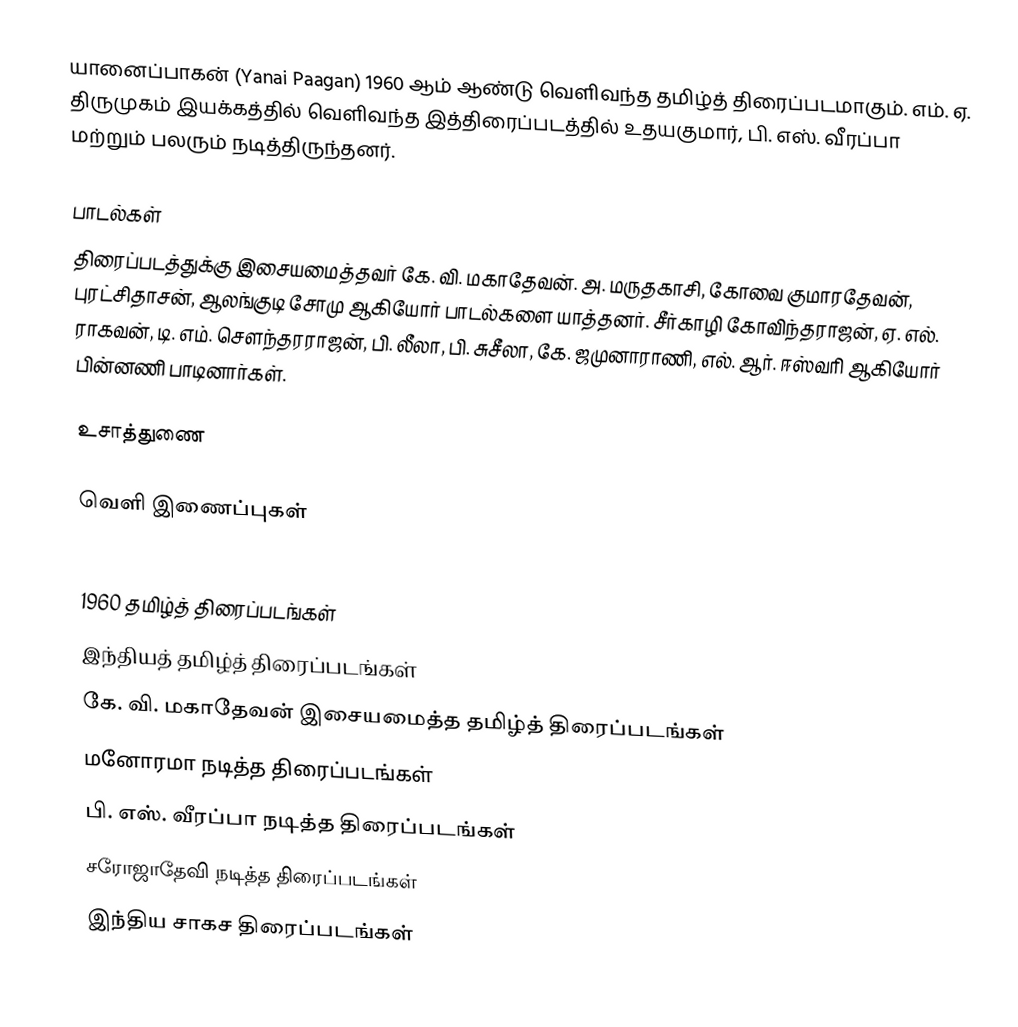
யானைப்பாகன் (Yanai Paagan) 1960 ஆம் ஆண்டு வெளிவந்த தமிழ்த் திரைப்படமாகும். எம். ஏ. திருமுகம் இயக்கத்தில் வெளிவந்த இத்திரைப்படத்தில் உதயகுமார், பி. எஸ். வீரப்பா மற்றும் பலரும் நடித்திருந்தனர்.

பாடல்கள்
திரைப்படத்துக்கு இசையமைத்தவர் கே. வி. மகாதேவன். அ. மருதகாசி, கோவை குமாரதேவன், புரட்சிதாசன், ஆலங்குடி சோமு ஆகியோர் பாடல்களை யாத்தனர். சீர்காழி கோவிந்தராஜன், ஏ. எல். ராகவன், டி. எம். சௌந்தரராஜன், பி. லீலா, பி. சுசீலா, கே. ஜமுனாராணி, எல். ஆர். ஈஸ்வரி ஆகியோர் பின்னணி பாடினார்கள்.

உசாத்துணை

வெளி இணைப்புகள்

1960 தமிழ்த் திரைப்படங்கள்
இந்தியத் தமிழ்த் திரைப்படங்கள்
கே. வி. மகாதேவன் இசையமைத்த தமிழ்த் திரைப்படங்கள்
மனோரமா நடித்த திரைப்படங்கள்
பி. எஸ். வீரப்பா நடித்த திரைப்படங்கள்
சரோஜாதேவி நடித்த திரைப்படங்கள்
இந்திய சாகச திரைப்படங்கள்